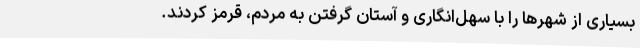
بسیاری از شهرها را با سهل‌انگاری و آستان گرفتن به مردم، قرمز کردند.